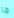
ما